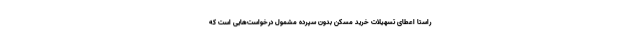
راستا اعطای تسهیلات خرید مسکن بدون سپرده مشمول درخواست‌هایی است که